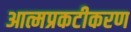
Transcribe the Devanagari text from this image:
आत्मप्रकटीकरण